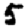
Digit: 5